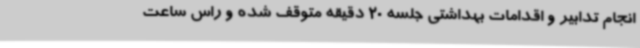
انجام تدابیر و اقدامات بهداشتی جلسه 20 دقیقه متوقف شده و راس ساعت